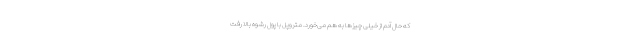
که حال آدم از خیلی چیزها به هم می‌خورد. متروپل با پول رشوه بالا رفت